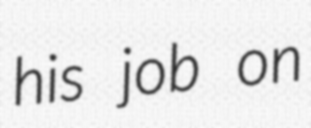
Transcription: his job on